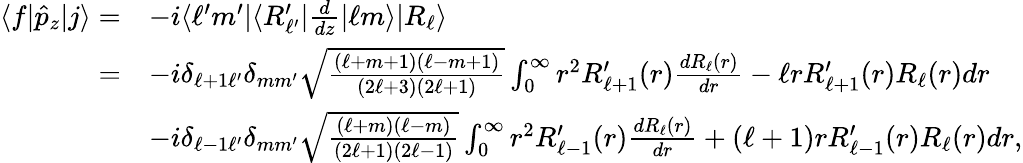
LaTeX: \begin{array}{rl}{\langle f|\hat{p}_{z}|j\rangle=}&{-i\langle\ell^{\prime}m^{\prime}|\langle R_{\ell^{\prime}}^{\prime}|\frac{d}{dz}|\ell m\rangle|R_{\ell}\rangle}\\ {=}&{-i\delta_{\ell+1\ell^{\prime}}\delta_{mm^{\prime}}\sqrt{\frac{(\ell+m+1)(\ell-m+1)}{(2\ell+3)(2\ell+1)}}\int_{0}^{\infty}r^{2}R_{\ell+1}^{\prime}(r)\frac{dR_{\ell}(r)}{dr}-\ell rR_{\ell+1}^{\prime}(r)R_{\ell}(r)dr}\\ &{-i\delta_{\ell-1\ell^{\prime}}\delta_{mm^{\prime}}\sqrt{\frac{(\ell+m)(\ell-m)}{(2\ell+1)(2\ell-1)}}\int_{0}^{\infty}r^{2}R_{\ell-1}^{\prime}(r)\frac{dR_{\ell}(r)}{dr}+(\ell+1)rR_{\ell-1}^{\prime}(r)R_{\ell}(r)dr,}\end{array}